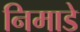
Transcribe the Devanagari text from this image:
निमाडे